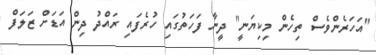
"އަހަރެންވެސް ތިހެން މިކިޔަނީ" ދީނާ ފަހަތުގައި ހުރެފައި ރައްދު ދިން އަޑަށް ޒަލަފް